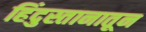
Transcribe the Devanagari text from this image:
हिंदुस्तानातून